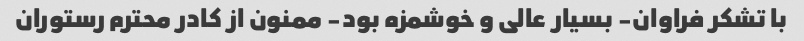
با تشکر فراوان- بسیار عالی و خوشمزه بود- ممنون از کادر محترم رستوران